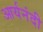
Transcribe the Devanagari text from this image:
आर्यनंदी